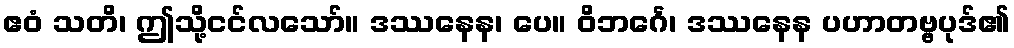
ဧဝံ သတိ၊ ဤသို့ငင်လသော်။ ဒဿနေန၊ ပေ။ ဝိဘင်္ဂေ၊ ဒဿနေန ပဟာတဗ္ဗပုဒ်၏